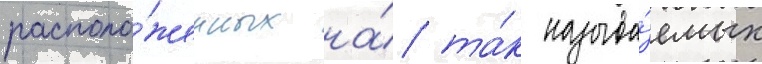
располо́женных на́ та́к называ́емых